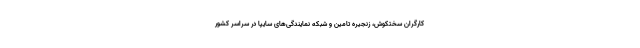
کارگران سختکوش، زنجیره تامین و شبکه نمایندگی‌های سایپا در سراسر کشور